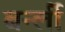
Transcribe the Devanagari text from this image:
बर्न्ली